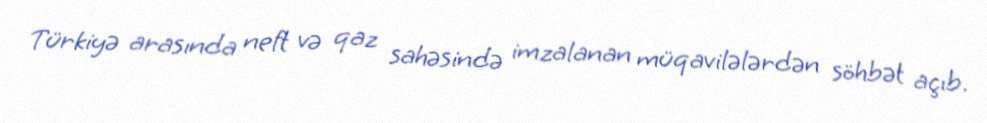
Türkiyə arasında neft və qaz sahəsində imzalanan müqavilələrdən söhbət açıb.